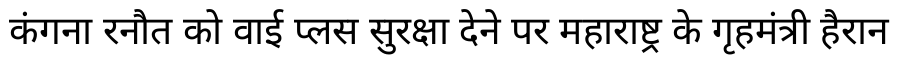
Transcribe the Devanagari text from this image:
कंगना रनौत को वाई प्लस सुरक्षा देने पर महाराष्ट्र के गृहमंत्री हैरान